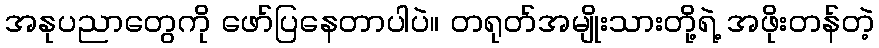
အနုပညာတွေကို ဖော်ပြနေတာပါပဲ။ တရုတ်အမျိုးသားတို့ရဲ့ အဖိုးတန်တဲ့